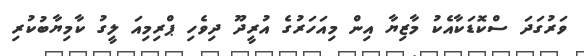
ވަރުގަދަ ސްކޮޑަކާއެކު މާޒިޔާ އިން މިއަހަރުގެ އުރީދޫ ދިވެހި ޕްރިމިއަ ލީގު ކާމިޔާބުކުރި